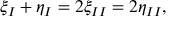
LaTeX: \xi _ { I } + \eta _ { I } = 2 \xi _ { I I } = 2 \eta _ { I I } ,